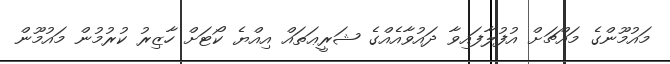
މައުމޫންގެ މައްޗަށް އުފުލާފައިވާ ދައުވާއެއްގެ ޝަރީޢަތައް އިއްޔެ ކޯޓަށް ހާޒިރު ކުރުމުން މައުމޫން